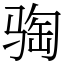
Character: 𫘦